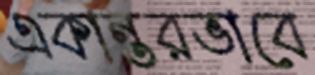
একান্তরভাবে